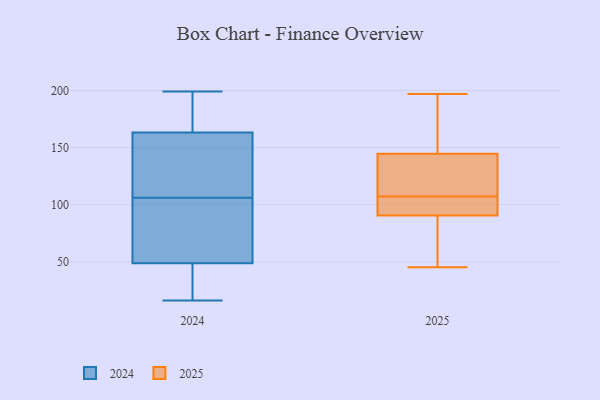
{"axis": {"x": "Churn Rate (%)", "y": "Value"}, "legend": ["2024", "2025"], "data": [{"x": "", "y": 197, "type": "2025"}, {"x": "", "y": 104, "type": "2025"}, {"x": "", "y": 93, "type": "2025"}, {"x": "", "y": 191, "type": "2025"}, {"x": "", "y": 162, "type": "2025"}, {"x": "", "y": 104, "type": "2025"}, {"x": "", "y": 125, "type": "2025"}, {"x": "", "y": 110, "type": "2025"}, {"x": "", "y": 80, "type": "2025"}, {"x": "", "y": 127, "type": "2025"}, {"x": "", "y": 45, "type": "2025"}, {"x": "", "y": 91, "type": "2025"}, {"x": "", "y": 187, "type": "2025"}, {"x": "", "y": 71, "type": "2025"}, {"x": "", "y": 90, "type": "2025"}, {"x": "", "y": 123, "type": "2025"}, {"x": "", "y": 177, "type": "2024"}, {"x": "", "y": 19, "type": "2024"}, {"x": "", "y": 144, "type": "2024"}, {"x": "", "y": 139, "type": "2024"}, {"x": "", "y": 167, "type": "2024"}, {"x": "", "y": 158, "type": "2024"}, {"x": "", "y": 165, "type": "2024"}, {"x": "", "y": 104, "type": "2024"}, {"x": "", "y": 158, "type": "2024"}, {"x": "", "y": 65, "type": "2024"}, {"x": "", "y": 17, "type": "2024"}, {"x": "", "y": 92, "type": "2024"}, {"x": "", "y": 185, "type": "2024"}, {"x": "", "y": 16, "type": "2024"}, {"x": "", "y": 17, "type": "2024"}, {"x": "", "y": 103, "type": "2024"}, {"x": "", "y": 106, "type": "2024"}, {"x": "", "y": 199, "type": "2024"}, {"x": "", "y": 43, "type": "2024"}]}